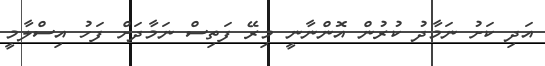
އަދި ކަށު ނަމާދު ކުރުން އޮންނާނީ މިރޭ ފަތިސް ނަމާދަށް ފަހު އިސްލާމީ